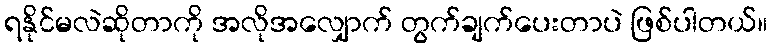
ရနိုင်မလဲဆိုတာကို အလိုအလျှောက် တွက်ချက်ပေးတာပဲ ဖြစ်ပါတယ်။